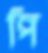
পি